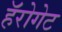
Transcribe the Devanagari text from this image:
हॅरोगेट